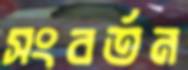
সংবর্তন